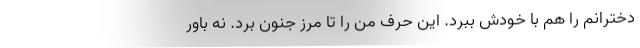
دخترانم را هم با خودش ببرد. این حرف من را تا مرز جنون برد. نه باور